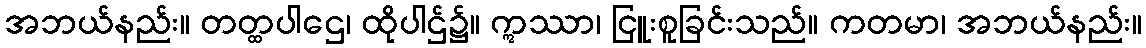
အဘယ်နည်း။ တတ္ထပါဌေ၊ ထိုပါဌ်၌။ ဣဿာ၊ ငြူးစူခြင်းသည်။ ကတမာ၊ အဘယ်နည်း။